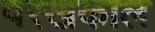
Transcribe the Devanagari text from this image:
परखकाल